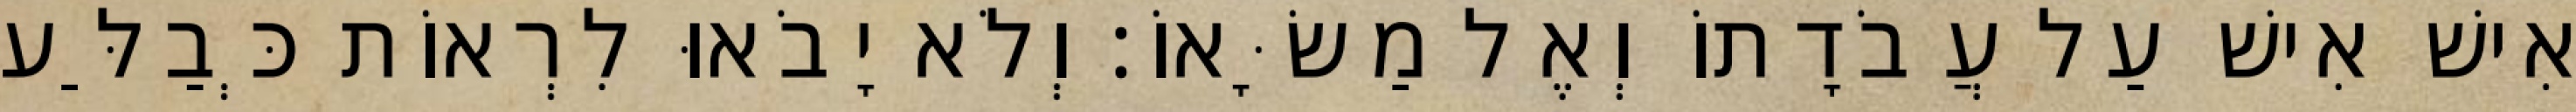
אִישׁ אִישׁ עַל עֲבֹדָתוֹ וְאֶל מַשָּׂאוֹ׃ וְלֹא יָבֹאוּ לִרְאוֹת כְּבַלַּע